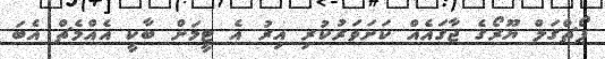
ޕޯޗްގަލް ޔޫރޯގެ ޖާގައެއް ކަށަވަރުކުރި އިރު އެ ޓީމަށް ބާކީ އެއްމެޗް އެބަ